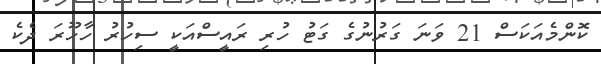
ކޮންމެއަކަސް 21 ވަނަ ގަރުނުގެ ގަޓު ހުރި ރައީސްއަކީ ސިހުރު ހާހޫރަ ދެކެ